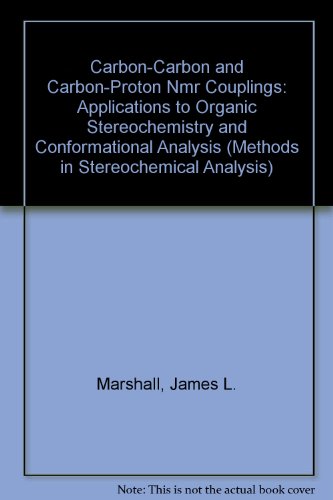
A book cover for Carbon-Carbon and Carbon-Proton Nmr Couplings: Applications to Organic Stereochemistry and Conformational Analysis (Methods in Stereochemical Analysis); James L. Marshall; Science & Math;